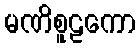
မဏိစူဠကော